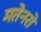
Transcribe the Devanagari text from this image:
मतेनरो